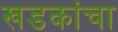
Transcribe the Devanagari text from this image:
खडकांचा